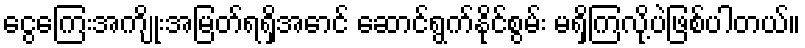
ငွေကြေးအကျိုးအမြတ်ရရှိအောင် ဆောင်ရွက်နိုင်စွမ်း မရှိကြလို့ပဲဖြစ်ပါတယ်။